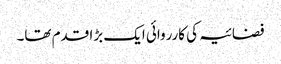
فضائیہ کی کارروائی ایک بڑا قدم تھا۔